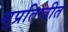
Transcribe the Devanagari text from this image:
सुप्रतिष्ठीत